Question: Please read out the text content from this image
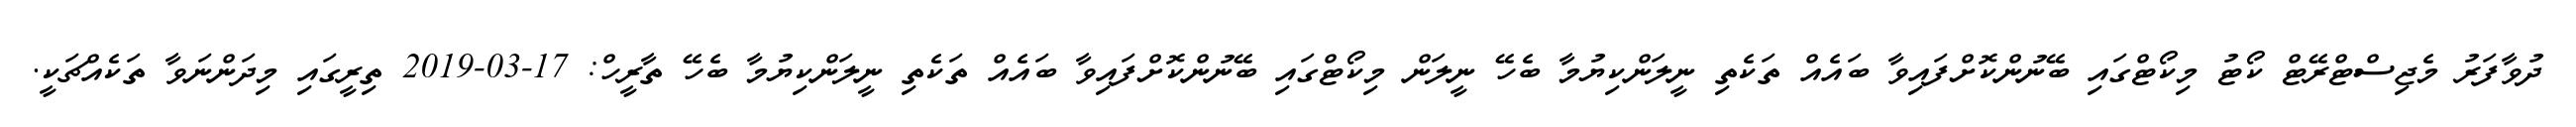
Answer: ދުވާފަރު މެޖިސްޓްރޭޓް ކޯޓު މިކޯޓްގައި ބޭނުންކޮށްފައިވާ ބައެއް ތަކެތި ނީލަންކިޔުމާ ބެހޭ ނީލަން މިކޯޓްގައި ބޭނުންކޮށްފައިވާ ބައެއް ތަކެތި ނީލަންކިޔުމާ ބެހޭ ތާރީހް: 17-03-2019 ތިރީގައި މިދަންނަވާ ތަކެއްޗަކީ.